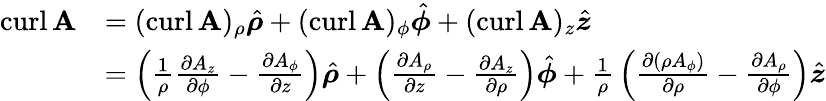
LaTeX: {\begin{array}{rl}{\operatorname{curl}\mathbf{A}}&{=(\operatorname{curl}\mathbf{A})_{\rho}{\hat{\boldsymbol{\rho}}}+(\operatorname{curl}\mathbf{A})_{\phi}{\hat{\boldsymbol{\phi}}}+(\operatorname{curl}\mathbf{A})_{z}{\hat{\boldsymbol{z}}}}\\ &{=\left({\frac{1}{\rho}}{\frac{\partial A_{z}}{\partial\phi}}-{\frac{\partial A_{\phi}}{\partial z}}\right){\hat{\boldsymbol{\rho}}}+\left({\frac{\partial A_{\rho}}{\partial z}}-{\frac{\partial A_{z}}{\partial\rho}}\right){\hat{\boldsymbol{\phi}}}+{\frac{1}{\rho}}\left({\frac{\partial(\rho A_{\phi})}{\partial\rho}}-{\frac{\partial A_{\rho}}{\partial\phi}}\right){\hat{\boldsymbol{z}}}}\end{array}}